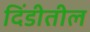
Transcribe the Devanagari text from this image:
दिंडीतील